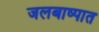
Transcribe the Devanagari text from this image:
जलबाष्पात